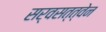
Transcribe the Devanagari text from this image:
सर्वसत्त्वेन